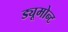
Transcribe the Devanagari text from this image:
ड्यूमोन्ट